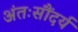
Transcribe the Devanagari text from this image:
अंतःसौंदर्य